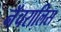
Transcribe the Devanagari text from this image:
नॅचरालिस